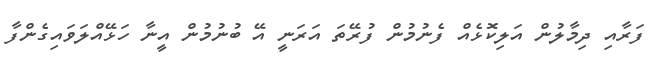
ފަރާއި ދިމާލުން އަލިކޮޅެއް ފެނުމުން ފުރޭތަ އަރަނީ އޭ ބުނުމުން އީނާ ހަޅޭއްލަވައިގެންފާ